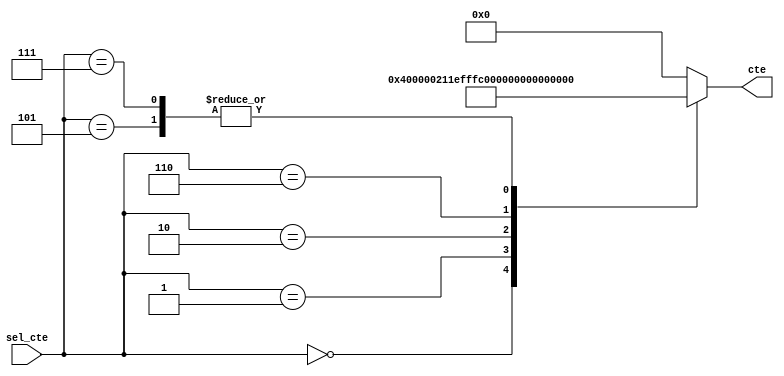
`timescale 1ns / 1ps
//////////////////////////////////////////////////////////////////////////////////
// Company: 
// Engineer: 
// 
// Design Name: 
// Module Name:    ctes_5k 
// Project Name: 
// Target Devices: 
// Tool versions: 
// Description: 
//
// Dependencies: 
//
// Revision: 
// Revision 0.01 - File Created
// Additional Comments: 
//
//////////////////////////////////////////////////////////////////////////////////
module ctes_5k#(parameter cant_bits = 25)(
					input wire [3:0] sel_cte,
					output reg [cant_bits-1:0] cte
    );

always @ *
		case(sel_cte)
			4'b0000:	cte = 25'h4000;
			4'b0001:	cte = 25'h423D;
			4'b0010:	cte = 25'h1FFE876;
			4'b0101:	cte = 25'h552;
			4'b0110:	cte = 25'hAA5;
			4'b0111:	cte = 25'h552;
			default: cte = 25'h0;
		endcase
endmodule